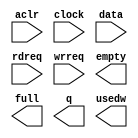
module fifo4a (
	aclr,
	clock,
	data,
	rdreq,
	wrreq,
	empty,
	full,
	q,
	usedw);

	input	  aclr;
	input	  clock;
	input	[31:0]  data;
	input	  rdreq;
	input	  wrreq;
	output	  empty;
	output	  full;
	output	[31:0]  q;
	output	[5:0]  usedw;

endmodule